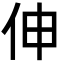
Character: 伸